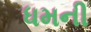
ધમની